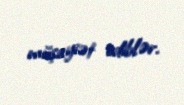
müşayiət ediblər.